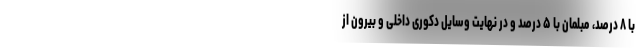
با ۸ درصد، مبلمان با ۵ درصد و در نهایت وسایل دکوری داخلی و بیرون از